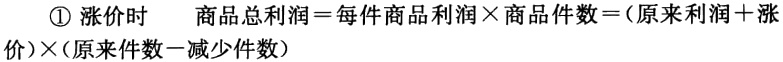
\textcircled{1} 涨价时  商品总利润$=$每件商品利润$\times$商品件数$= ($原来利润$ +$涨

价$)\times($原来件数$-$减少件数$)$